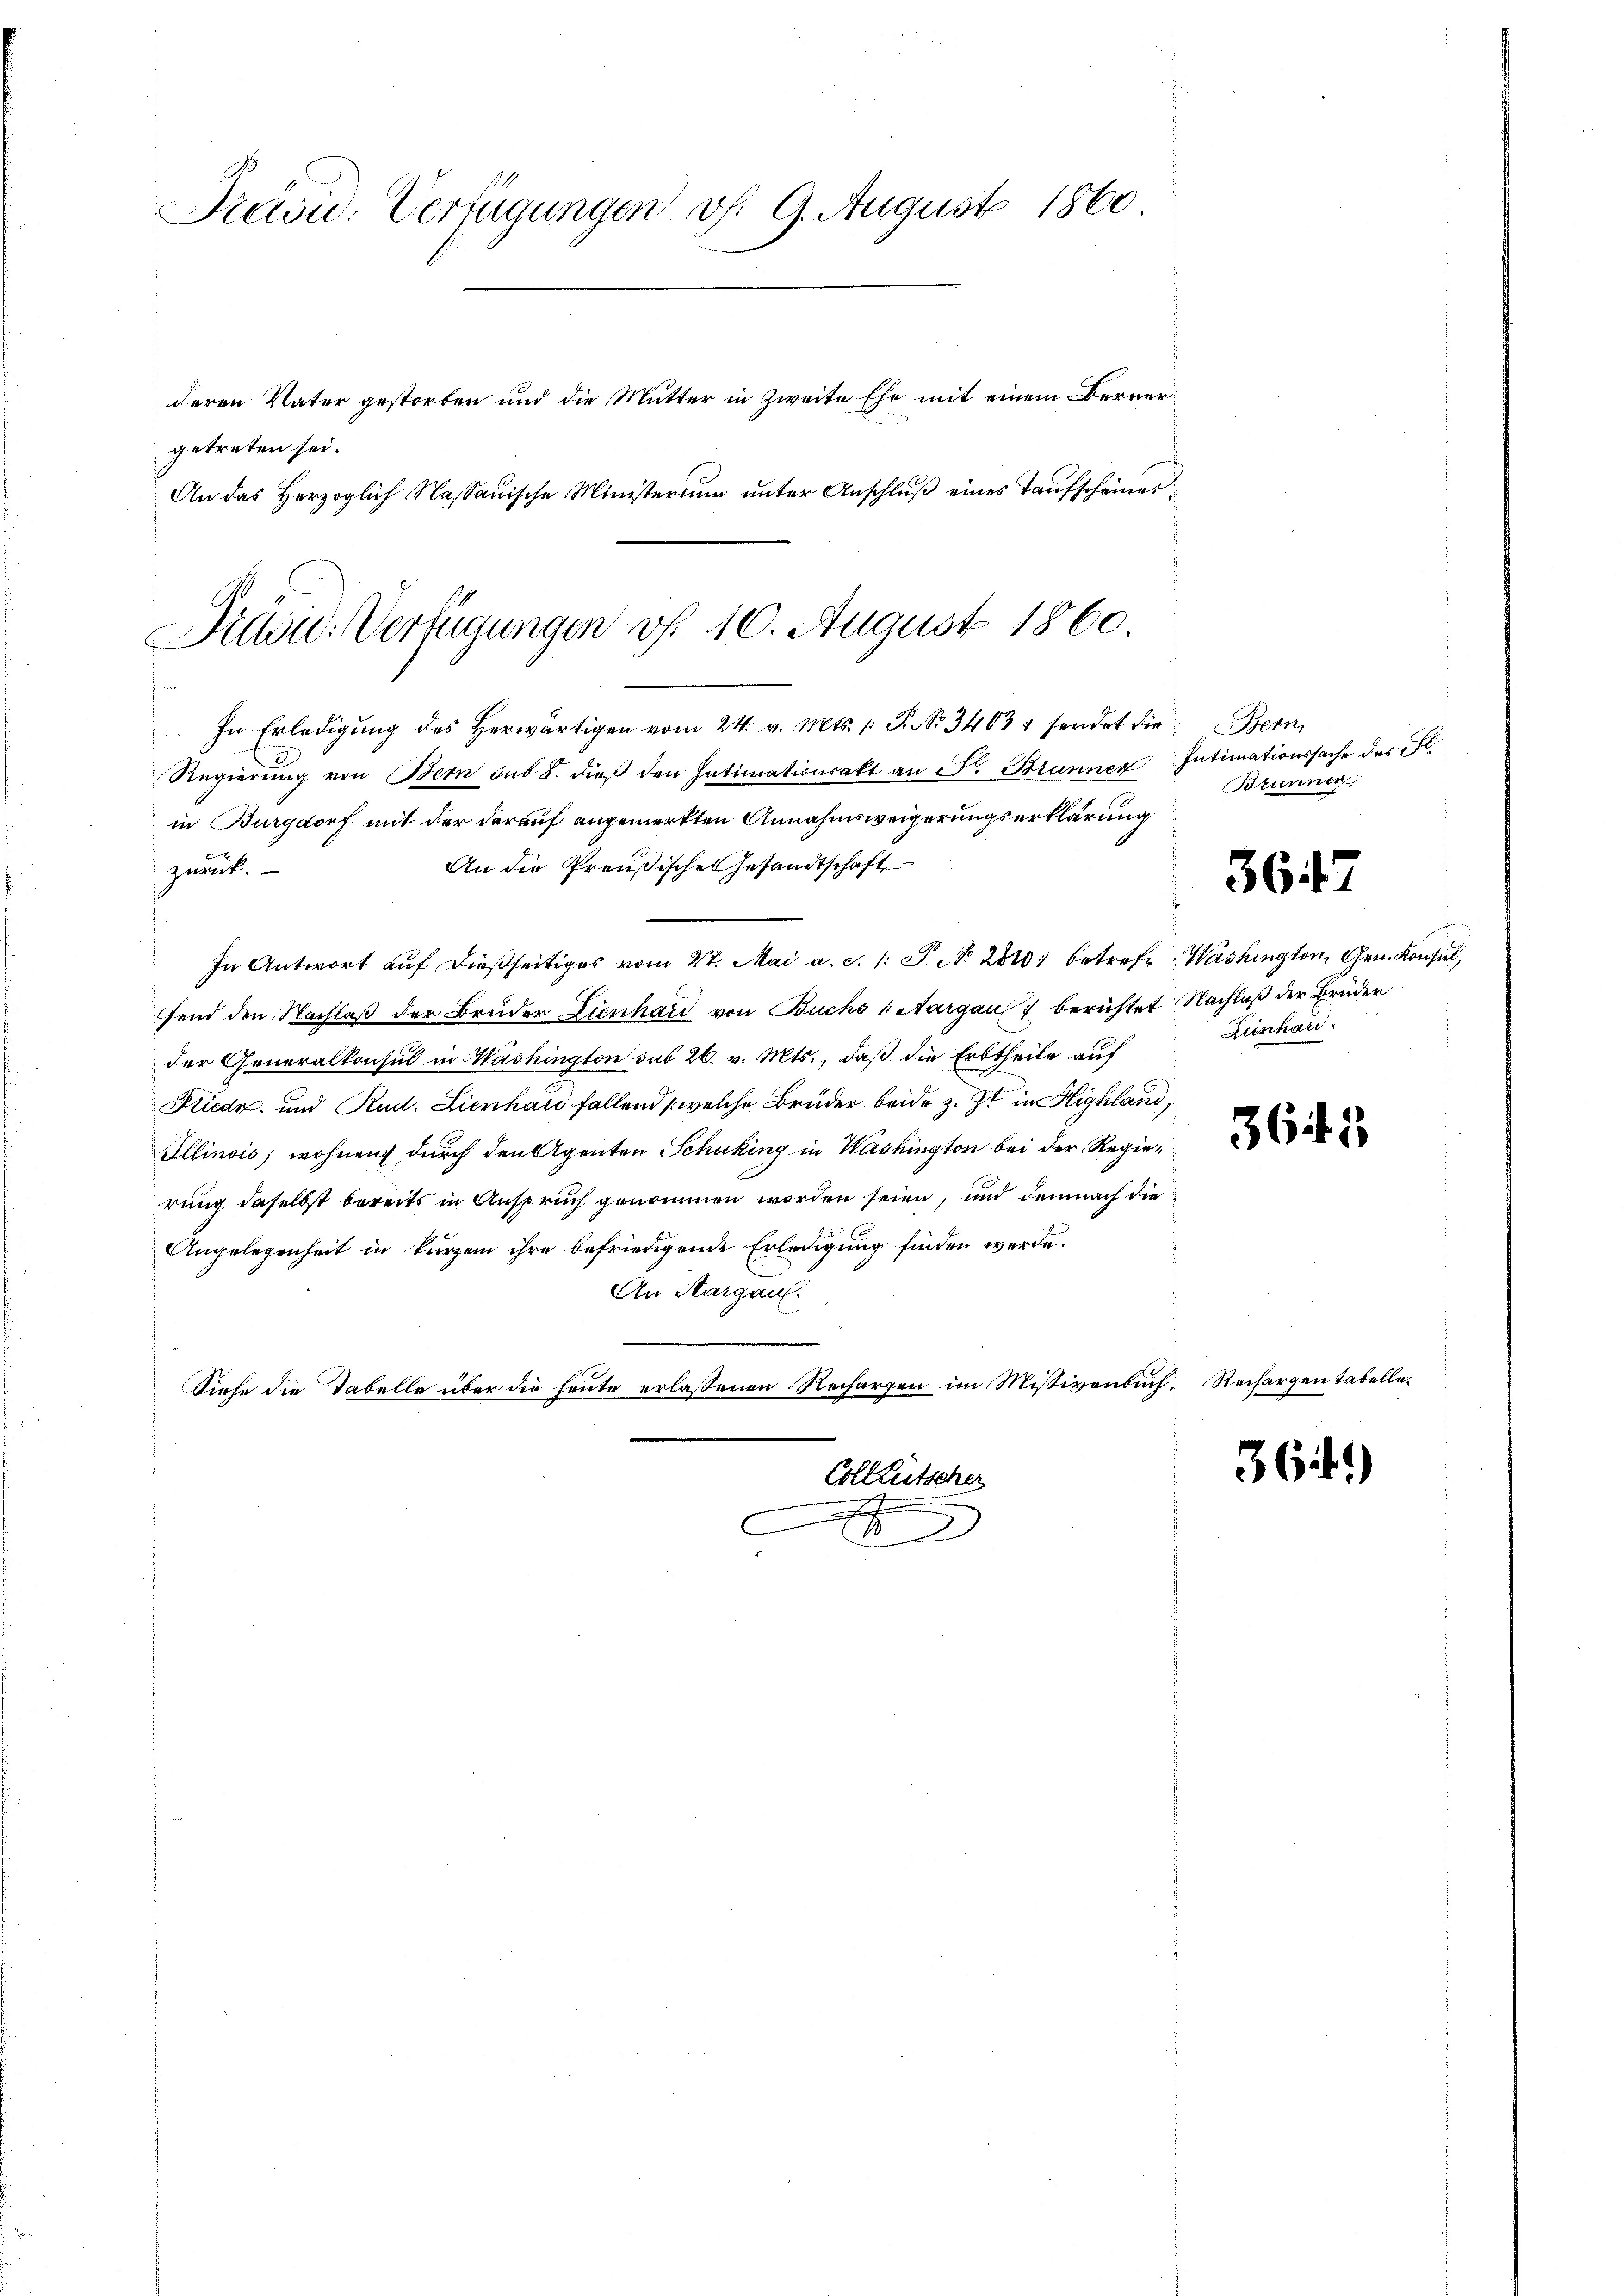
Previd. Verfügungen v. 9. August 1860
deren Vater gestorben und die Mutter in Zweite Ehe mit einem Berner
getreten sei.
An das Herzoglich Nassauische Ministerium unter Anschluß eines Taufscheines:

Präsi- Verfügungen v. 10. August 1860.

In Erledigung des Herwärtigen vom 24. v. Mts. 1 P. No. 3463 sendet die
Regierung von Bern sub 8. dieß den Intimationsakt an F. Brunner
in Burgdorf mit der darauf angemerkten Annahmsweigerungserklärung
x
An die Preußisches Gesandtschaft
zurück.
In Antwort aŭf dießseitiges vom 27. Mai a. c. l. J. No 2800 betrefe Washington, Gen. Konsul,
fend den Nachlaß der Bruder Lienhard von Buchs (Aargau berichtet Nachlaß der Brüder
der Generalkonsul in Washington sub 26. v. Mts., daß die Erbtheile auf
Fliede und Rud. Lienhard fallend (welche Brüder beide z. Zt. in Highland,
Ollinois; wohnen durch den Agenten Schuking in Washington bei der Regierung daselbst bereits in Anspruch genommen worden seien, und demnach die
Angelegenheit in kurzem ihre befriedigende Erledigung finden werde.
An Aargau.
Siefe die Tabella über die heute erlassenen Rechargen im Missivenbuch. Rechargen tabelle¬
Colleutscher
2
E

Bern,
Intimationssache des Fl.
Brunner

3647

Zienhard

3643

361)